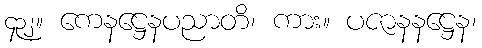
၄၃၂။ ကေနဋ္ဌေနပညာတိ၊ ကား။ ပဇာနနဋ္ဌေန၊